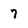
Character: 7